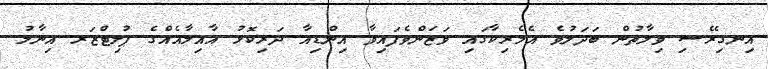
އިނގިރޭސި ވިލާތުން ބަދަލުވެ އެމެރިކާގައި ވަޒަންވެފައިވާ އިންޑިއާ ދަރިކޮޅު އާއިލާއެއްގެ ޕުލިޓްޒަރ އިނާމު